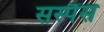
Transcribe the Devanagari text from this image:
सस्पैंस